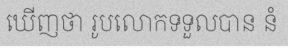
ឃើញថា រូបលោកទទួលបាន នំ